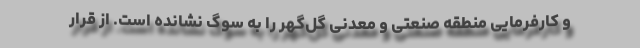
و کارفرمایی منطقه صنعتی و معدنی گل‌گهر را به سوگ نشانده است. از قرار